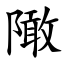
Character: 䧩